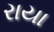
રાયા